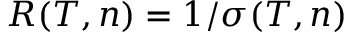
R ( T , n ) = 1 / \sigma ( T , n )